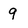
Character: 9